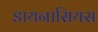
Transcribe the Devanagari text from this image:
डायनासियस